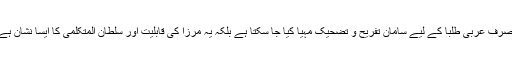
اب مرزا نے ”دلیل لمی“ جو تعریف اور تمثیل دی ہے اس سے نہ صرف عربی طلبا کے لیے سامان تفریح و تضحیک مہیا کیا جا سکتا ہے بلکہ یہ مرزا کی قابلیت اور سلطان المتکلمی کا ایسا نشان ہے کہ منظقیوں اور متکلموں کی روحیں بھی وجد میں آ گئی ہوں گی۔